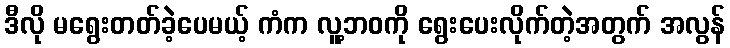
ဒီလို မရွေးတတ်ခဲ့ပေမယ့် ကံက လူ့ဘဝကို ရွေးပေးလိုက်တဲ့အတွက် အလွန်